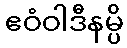
ဧဝံဝါဒီနမ္ပိ